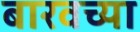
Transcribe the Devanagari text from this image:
बारवच्या